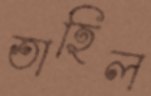
তাহিল